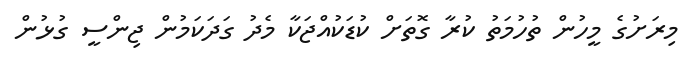
މިރަށުގެ މީހުން ތުހުމަތު ކުރާ ގޮތަށް ކުޑަކުއްޖަކާ މެދު ގަދަކަމުން ޖިންސީ ގުޅުން